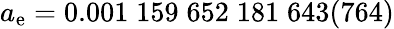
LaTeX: a_{\mathrm{e}}=0.001\; 159\; 652\; 181\; 643(764)